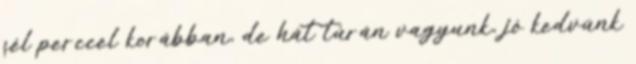
fél perccel korábban, de hát túrán vagyunk, jó kedvünk